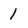
Character: 1